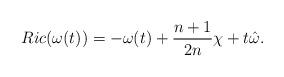
LaTeX: \begin{align*}Ric(\omega(t))=-\omega(t)+\frac{n+1}{2n}\chi+t\hat\omega.\end{align*}